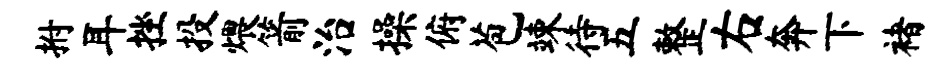
拊耳挫投煨箭治操俯苞竦待五整右奔下褚